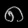
Digit: ၈